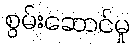
စွမ်းဆောင်မှု